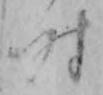
時